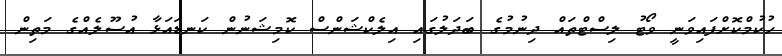
ހުކުމްކޮށްފައިވަނީ ވޯޓު ލިސްޓްތައް ދިނުމުގެ ބަދަލުގައި އިލެކްޝަންސް ކޮމިޝަނުން ކަނޑައަޅާ އުސޫލެއްގެ މަތިން